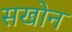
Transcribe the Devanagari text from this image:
सखोन